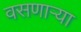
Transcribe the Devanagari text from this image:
वसणार्‍या